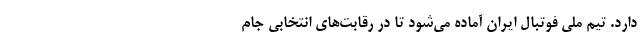
دارد. تیم ملی فوتبال ایران آماده می‌شود تا در رقابت‌های انتخابی جام